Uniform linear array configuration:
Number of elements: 12
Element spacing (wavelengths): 0.5
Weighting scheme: hamming
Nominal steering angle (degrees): -15
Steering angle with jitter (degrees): -14.712
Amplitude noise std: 0.05
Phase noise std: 0.05

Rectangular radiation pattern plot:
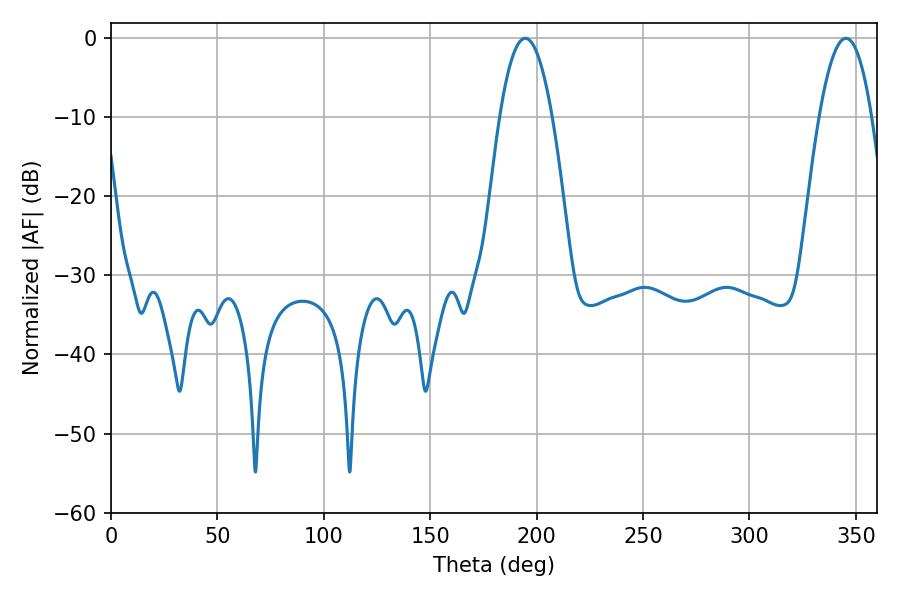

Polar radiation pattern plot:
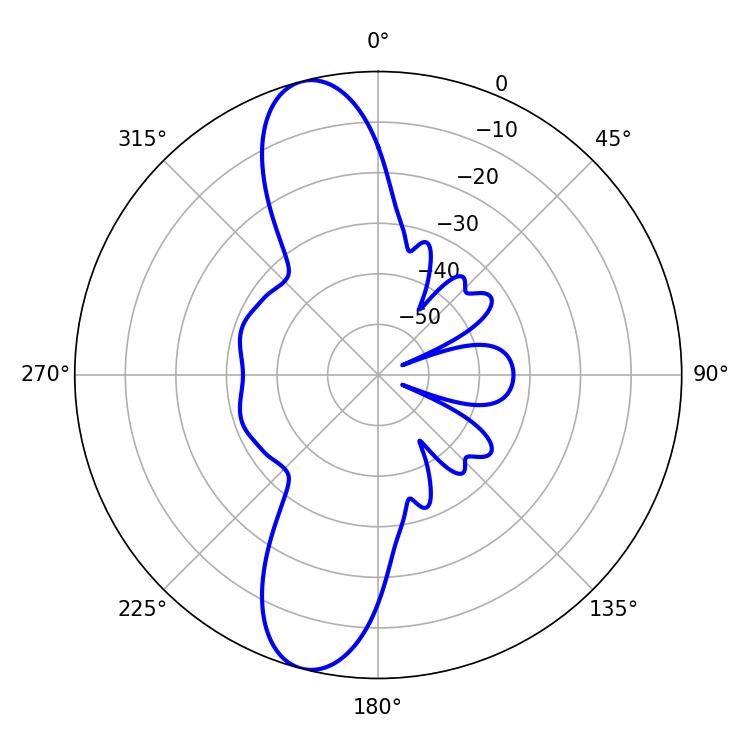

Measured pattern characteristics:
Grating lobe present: FALSE
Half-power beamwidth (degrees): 13.68
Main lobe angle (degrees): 194.58